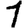
Digit: 1